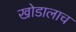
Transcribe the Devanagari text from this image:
खोडालाच